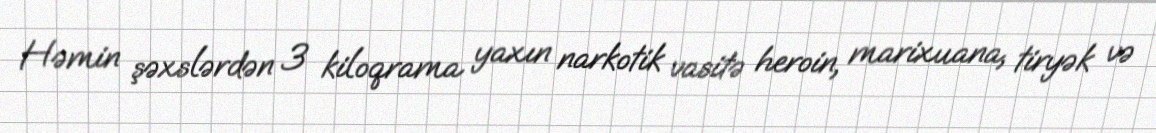
Həmin şəxslərdən 3 kiloqrama yaxın narkotik vasitə heroin, marixuana, tiryək və